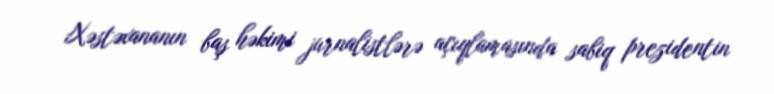
Xəstəxananın baş həkimi jurnalistlərə açıqlamasında sabiq prezidentin